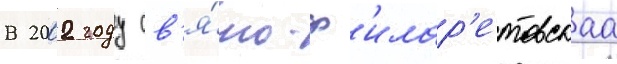
В 2002 году св'я́то-ф'илар'етовскаа